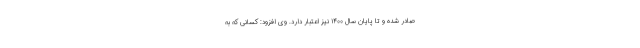
صادر شده و تا پایان سال ۱۴۰۰ نیز اعتبار دارد. وی افزود: کسانی که به